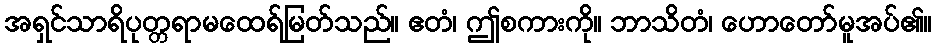
အရှင်သာရိပုတ္တရာမထေရ်မြတ်သည်။ ဧတံ၊ ဤစကားကို။ ဘာသိတံ၊ ဟောတော်မူအပ်၏။